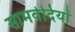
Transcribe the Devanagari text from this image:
सामवेदियों